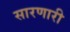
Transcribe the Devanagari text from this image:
सारणारी